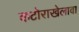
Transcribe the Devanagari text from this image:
कटोराखेलावा